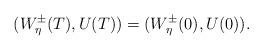
LaTeX: \begin{align*}(W^{\pm}_{\eta}(T),U(T))=( W^{\pm}_{\eta}(0),U(0)).\end{align*}